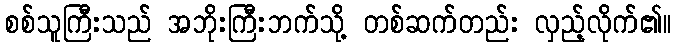
စစ်သူကြီးသည် အဘိုးကြီးဘက်သို့ တစ်ဆက်တည်း လှည့်လိုက်၏။